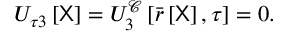
U _ { \tau 3 } \left[ \mathsf { X } \right] = U _ { 3 } ^ { \mathcal { C } } \left[ \bar { r } \left[ \mathsf { X } \right] , \tau \right] = 0 .